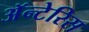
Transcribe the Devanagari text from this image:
अॅन्टेरिस